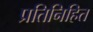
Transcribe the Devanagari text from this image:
प्रतिनिहित